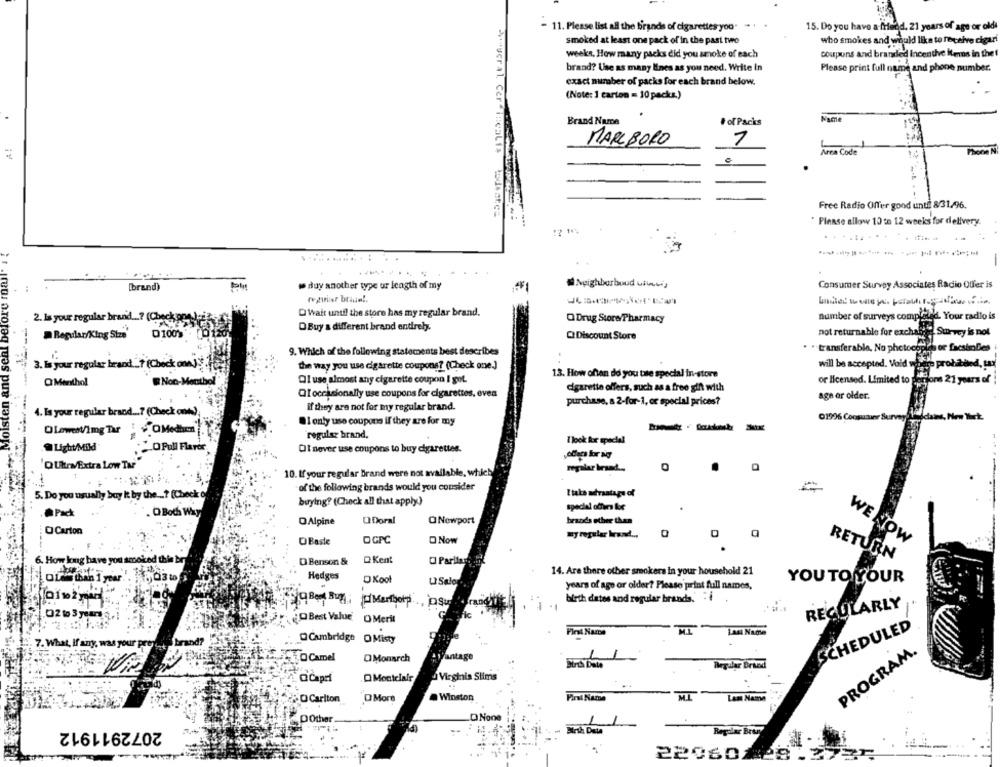
- 11. Please list all the brands of cigarettes you'
15. Do you have a friend, 21 years of age or oldi
smoked at least one pack of in the past two
who smokes and would like to receive cigar!
weeks, How many packs did you smoke of each
coupons and branded Incentive items in the f
brand? Use as many lines as you need. Write in
Please print full name and phone number.
exact number of packs for each brand below.
(Note: 1 carton = 10 packs.)
Brand Name
# of Packs
Name
MARLBORO
7
Area Code
Free Radio Offer good until 8/31/96.
Please allow 10 to 12 weeks for delivery.
Fre Moisten and seat before mail'a
.--....
· day another type ur length of my
Neighborbuud ufineis
Consumer Survey Associates Radio Offer is
(brand)
reguiar brium !.
D Wait until the store has my regular brand.
2. Is your regular brand ...? (Check pen-)-
Q Drug Store/Pharmacy
number of surveys completed. Your radio is
O Buy a different brand entirely.
Regular/King Size
Q100>
Q Discount Store
not returnable for exchange. Survey is not
9. Which of the following statements best describes
·transferable, No photocopies or facsimDes
3. Is your regular brand. ( Check on j
the way you use cigarette coupons? (Check one.]
will be accepted. Void where prohibited, tax
13. How often do you tuse special in-store
Q Menthol
@Noc-Menthol
Ol use almost any cigarette coupon I got.
or licensed. Limited to ferions 21 years of !
cigarette offers, such as a free gift with
QIoccasionally use coupons for cigarettes, even
age or older.
If they are not for my regular brand.
purchase, a 2-for-1, or special prices?
4. Is your regular brand ... 7 (Check onw),
Ol only use coupons if they are for my
01996 Consusane Surveys Weilclains, Now
OLewent/img Tar : +"OMedhem
regular brand,
I look for special
.Light/Mild
O Pull Flavor
Ol never use coupons to buy cigarettes.
QUtr/Extra Low Tar
regalar brand ...
10. If your regular Brand were not available, which
of the following brands would you consider
5. Do you usually bay it by the ...? (Check o
Itake advantage of
buying? (Check all that apply)
. Pack
. O Both Way
OAlpine
O Doral
O Newport
brands ether then
O Carton
my regular Irand ...
OBeste
OGPC
Now
WE NOW
6. How kong have you smoked this br
D Benson &
D Kent
O Parlian
RETURN
Hedges
14. Are there other smokers in your household 21
OLas than 1 year
DKoot
YOU TO YOUR
years of age or older? Please print full names,
birth dates and regular brands.
Mantorp, jpsu
REGULARLY
02 to 3 years
Best Value
OMeril
SCHEDULED
First Name
7. What, If any, was your press
and?
O Cambridge O Misty
PROGRAM
O Camel
D Monarch
Vantage
Birth Date
Regular Brand
Virginia Slims
Q Capri
Q Montclair
O Carlton
O More
. Winston
First Name
ML
Last Name
POther
ONone
1
1
2072911912
..
Birsk Data
22060228